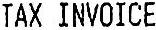
TAX INVOICE